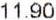
11.90